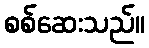
စစ်ဆေးသည်။